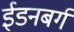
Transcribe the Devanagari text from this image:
ईडनबर्ग